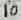
Text: 10